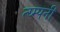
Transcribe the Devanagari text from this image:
त्य्म्पनी